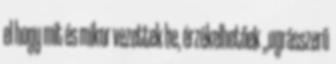
el hogy mit és mikor vezettek be, érzékelhetőek „ugrásszerű